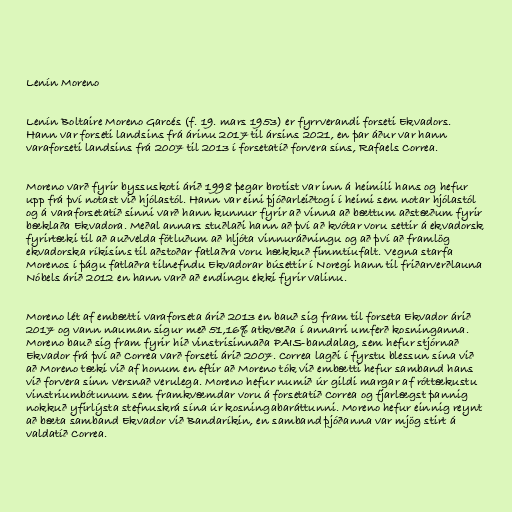
Lenín Moreno

Lenín Boltaire Moreno Garcés (f. 19. mars 1953) er fyrrverandi forseti Ekvadors.
Hann var forseti landsins frá árinu 2017 til ársins 2021, en þar áður var hann
varaforseti landsins frá 2007 til 2013 í forsetatíð forvera síns, Rafaels Correa.

Moreno varð fyrir byssuskoti árið 1998 þegar brotist var inn á heimili hans og hefur
upp frá því notast við hjólastól. Hann var eini þjóðarleiðtogi í heimi sem notar hjólastól
og á varaforsetatíð sinni varð hann kunnur fyrir að vinna að bættum aðstæðum fyrir
bæklaða Ekvadora. Meðal annars stuðlaði hann að því að kvótar voru settir á ekvadorsk
fyrirtæki til að auðvelda fötluðum að hljóta vinnuráðningu og að því að framlög
ekvadorska ríkisins til aðstoðar fatlaðra voru hækkuð fimmtíufalt. Vegna starfa
Morenos í þágu fatlaðra tilnefndu Ekvadorar búsettir í Noregi hann til friðarverðlauna
Nóbels árið 2012 en hann varð að endingu ekki fyrir valinu.

Moreno lét af embætti varaforseta árið 2013 en bauð sig fram til forseta Ekvador árið
2017 og vann nauman sigur með 51,16% atkvæða í annarri umferð kosninganna.
Moreno bauð sig fram fyrir hið vinstrisinnaða PAIS-bandalag, sem hefur stjórnað
Ekvador frá því að Correa varð forseti árið 2007. Correa lagði í fyrstu blessun sína við
að Moreno tæki við af honum en eftir að Moreno tók við embætti hefur samband hans
við forvera sinn versnað verulega. Moreno hefur numið úr gildi margar af róttækustu
vinstriumbótunum sem framkvæmdar voru á forsetatíð Correa og fjarlægst þannig
nokkuð yfirlýsta stefnuskrá sína úr kosningabaráttunni. Moreno hefur einnig reynt
að bæta samband Ekvador við Bandaríkin, en samband þjóðanna var mjög stirt á
valdatíð Correa.